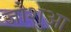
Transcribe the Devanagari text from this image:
जौशुआ